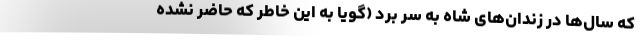
که سال‌ها در زندان‌های شاه به سر برد (گویا به این خاطر که حاضر نشده